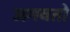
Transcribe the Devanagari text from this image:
जगवतो